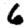
Digit: 6